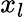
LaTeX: x_{l}